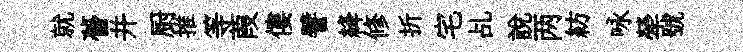
就瞢并厨推等葭僂譬絳修折宅乩説两紡咏犖號